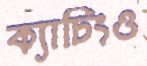
ক্যাচিংও